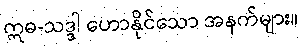
ဣဓ-သဒ္ဒါ ဟောနိုင်သော အနက်များ။